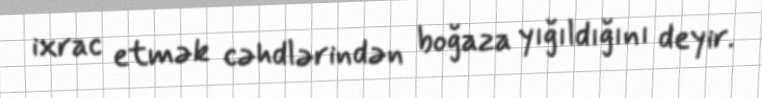
ixrac etmək cəhdlərindən boğaza yığıldığını deyir.